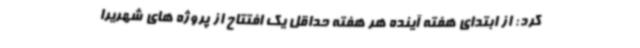
کرد: از ابتدای هفته آینده هر هفته حداقل یک افتتاح از پروژه های شهریرا